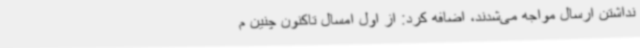
نداشتن ارسال مواجه می‌شدند، اضافه کرد: از اول امسال تاکنون چنین م